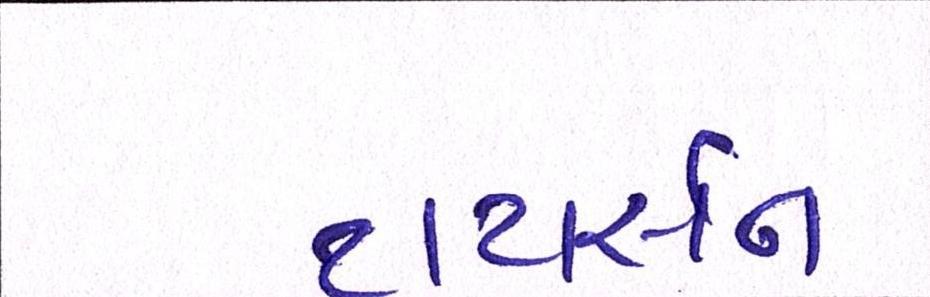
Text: ટાયસન